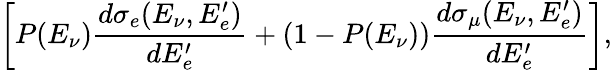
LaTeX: \left[P(E_{\nu})\frac{d\sigma_{e}(E_{\nu},E_{e}^{\prime})}{dE_{e}^{\prime}}+(1-P(E_{\nu}))\frac{d\sigma_{\mu}(E_{\nu},E_{e}^{\prime})}{dE_{e}^{\prime}}\right],